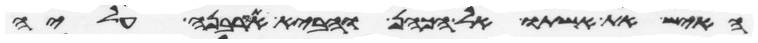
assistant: האיש את אשתו אל הכהן והביא את קרבנה עליה